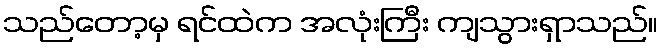
သည်တော့မှ ရင်ထဲက အလုံးကြီး ကျသွားရှာသည်။